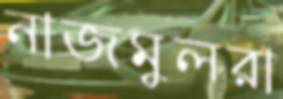
নাজমুলরা